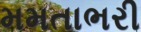
મમતાભરી